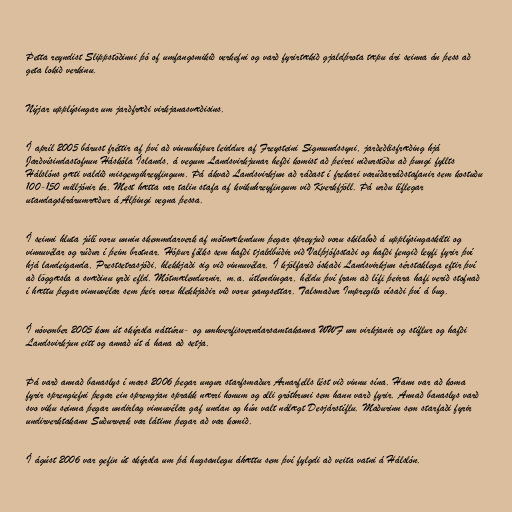
Þetta reyndist Slippstöðinni þó of umfangsmikið verkefni og varð fyrirtækið gjaldþrota tæpu ári seinna án þess að
geta lokið verkinu.

Nýjar upplýsingar um jarðfræði virkjanasvæðisins.

Í apríl 2005 bárust fréttir af því að vinnuhópur leiddur af Freysteini Sigmundssyni, jarðeðlisfræðing hjá
Jarðvísindastofnun Háskóla Íslands, á vegum Landsvirkjunar hefði komist að þeirri niðurstöðu að þungi fyllts
Hálslóns gæti valdið misgengihreyfingum. Þá ákvað Landsvirkjun að ráðast í frekari varúðarráðstafanir sem kostuðu
100-150 milljónir kr. Mest hætta var talin stafa af kvikuhreyfingum við Kverkfjöll. Þá urðu líflegar
utandagskrárumræður á Alþingi vegna þessa.

Í seinni hluta júlí voru unnin skemmdarverk af mótmælendum þegar spreyjuð voru skilaboð á upplýsingaskilti og
vinnuvélar og rúður í þeim brotnar. Hópur fólks sem hafði tjaldbúðir við Valþjófsstaði og hafði fengið leyfi fyrir því
hjá landeiganda, Prestsetrasjóði, hlekkjaði sig við vinnuvélar. Í kjölfarið óskaði Landsvirkjun sérstaklega eftir því
að löggæsla a svæðinu yrði efld. Mótmælendurnir, m.a. útlendingar, héldu því fram að lífi þeirra hafi verið stofnað
í hættu þegar vinnuvélar sem þeir voru hlekkjaðir við voru gangsettar. Talsmaður Impregilo vísaði því á bug.

Í nóvember 2005 kom út skýrsla náttúru- og umhverfisverndarsamtakanna WWF um virkjanir og stíflur og hafði
Landsvirkjun eitt og annað út á hana að setja.

Þá varð annað banaslys í mars 2006 þegar ungur starfsmaður Arnarfells lést við vinnu sína. Hann var að koma
fyrir sprengiefni þegar ein sprengjan sprakk nærri honum og olli gróthruni sem hann varð fyrir. Annað banaslys varð
svo viku seinna þegar undirlag vinnuvélar gaf undan og hún valt nálægt Desjárstíflu. Maðurinn sem starfaði fyrir
undirverktakann Suðurverk var látinn þegar að var komið.

Í ágúst 2006 var gefin út skýrsla um þá hugsanlegu áhættu sem því fylgdi að veita vatni á Hálslón.